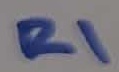
Text: R1